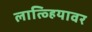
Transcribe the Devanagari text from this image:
लात्व्हियावर